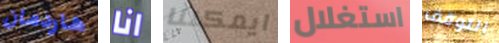
هاردمان انا ايمكننا استغلال التوقف